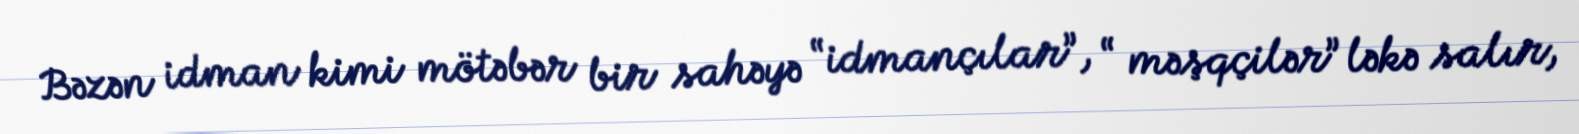
Bəzən idman kimi mötəbər bir sahəyə “idmançılar”, “ məşqçilər” ləkə salır,